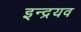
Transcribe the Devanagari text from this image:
इन्द्रयव